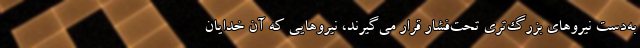
به‌دست نیروهای بزرگ‌تری تحت‌فشار قرار می‌گیرند، نیروهایی که آن‌ خدایان